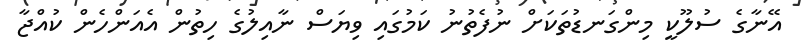
އޭނާގެ ސުލޫކީ މިންގަނޑުތަކަށް ނުފެތުނު ކަމުގައި ވިޔަސް ނާއިލުގެ ހިތުން އެއަންހެން ކުއްޖާ